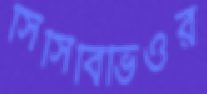
সিসিবিভিওর